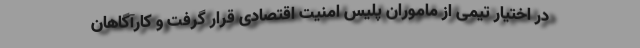
در اختیار تیمی از ماموران پلیس امنیت اقتصادی قرار گرفت و کارآگاهان